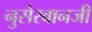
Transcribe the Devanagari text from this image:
नुसेरवानजी